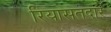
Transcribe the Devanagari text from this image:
रियासतदार